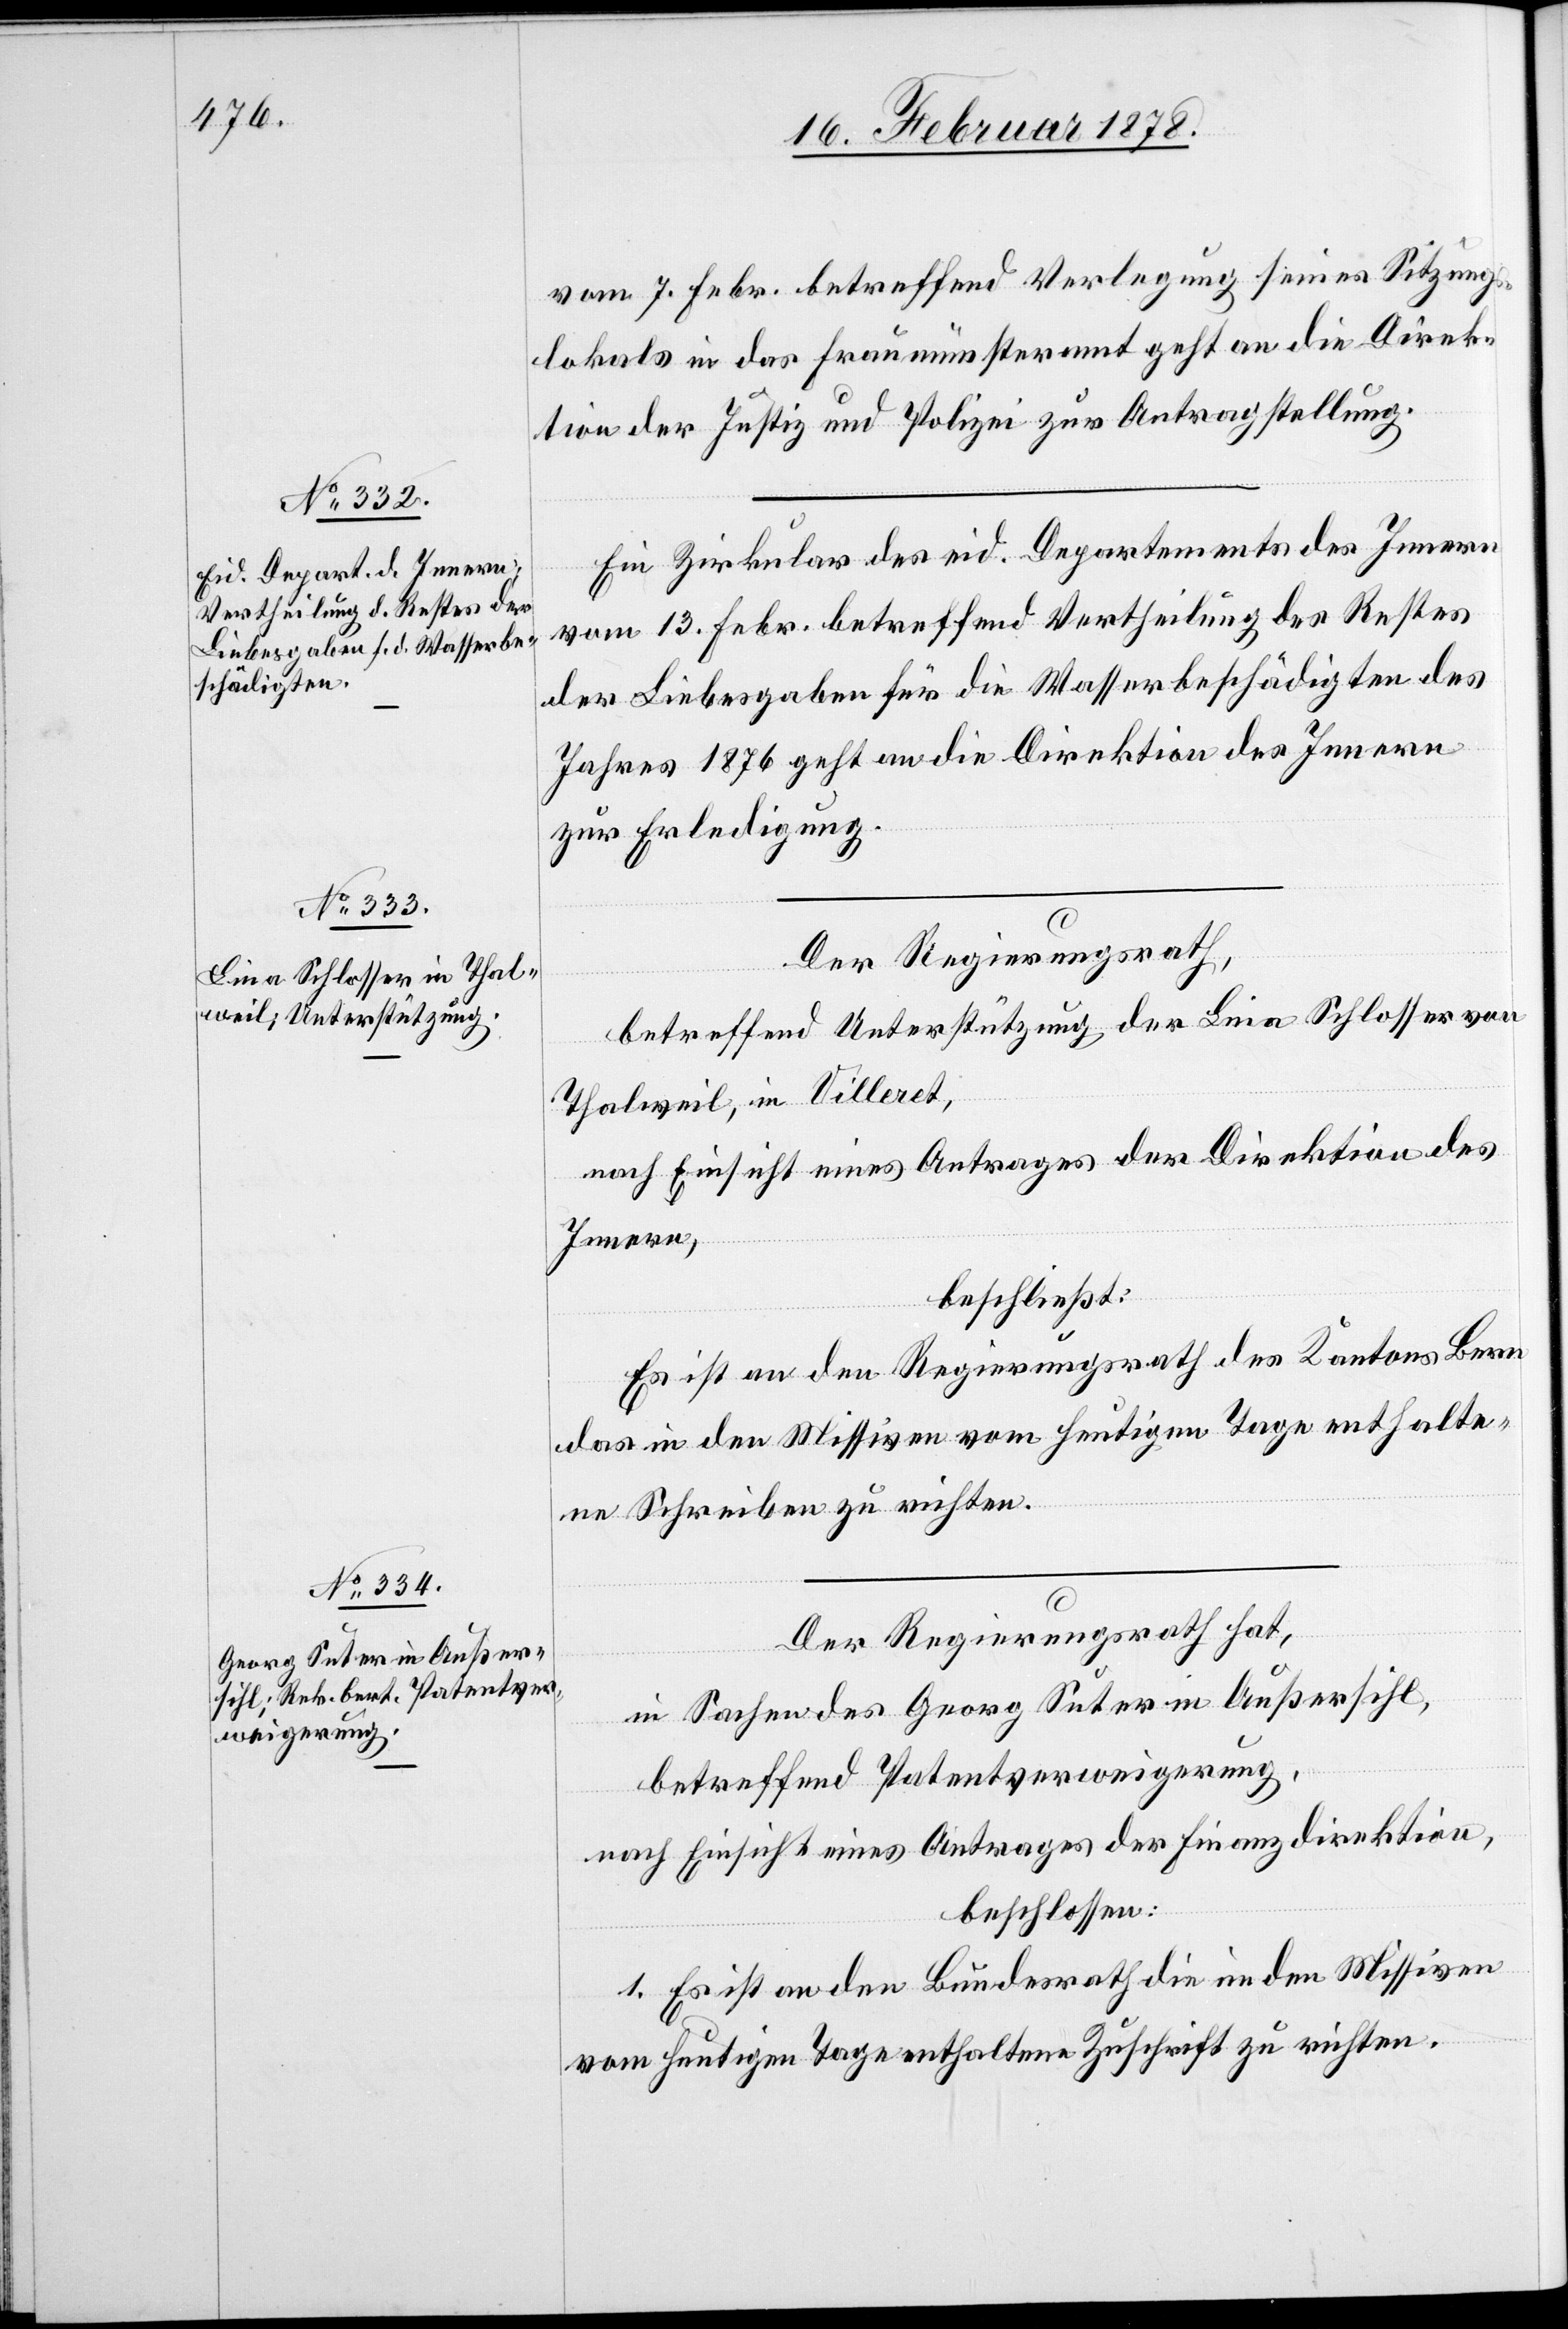
vom 7. Febr. betreffend Verlegung seines Sitzungs¬
lokals in das Fraumünsteramt geht an die Direk¬
tion der Justiz und Polizei zur Antragstellung.
Ein Zirkular des eid. Departementes des Innern
vom 13. Febr. betreffend Vertheilung des Restes
der Liebesgaben für die Wasserbeschädigten des
Jahres 1876 geht an die Direktion des Innern
zur Erledigung.
Der Regierungsrath,
betreffend Unterstützung der Lina Schlosser von
Thalweil, in Villeret,
nach Einsicht eines Antrages der Direktion des
Innern,
beschließt:
Es ist an den Regierungsrath des Kantons Bern
das in den Missiven vom heutigen Tage enthalte¬
ne Schreiben zu richten.
Der Regierungsrath hat,
in Sachen des Georg Suter in Außersihl,
betreffend Patentverweigerung,
beschlossen:
1. Es ist an den Bundesrath die in den Missiven
vom heutigen Tage enthaltene Zuschrift zu richten.